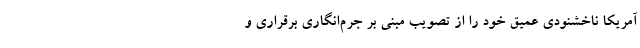
آمریکا ناخشنودی عمیق خود را از تصویب مبنی بر جرم‌انگاری برقراری و